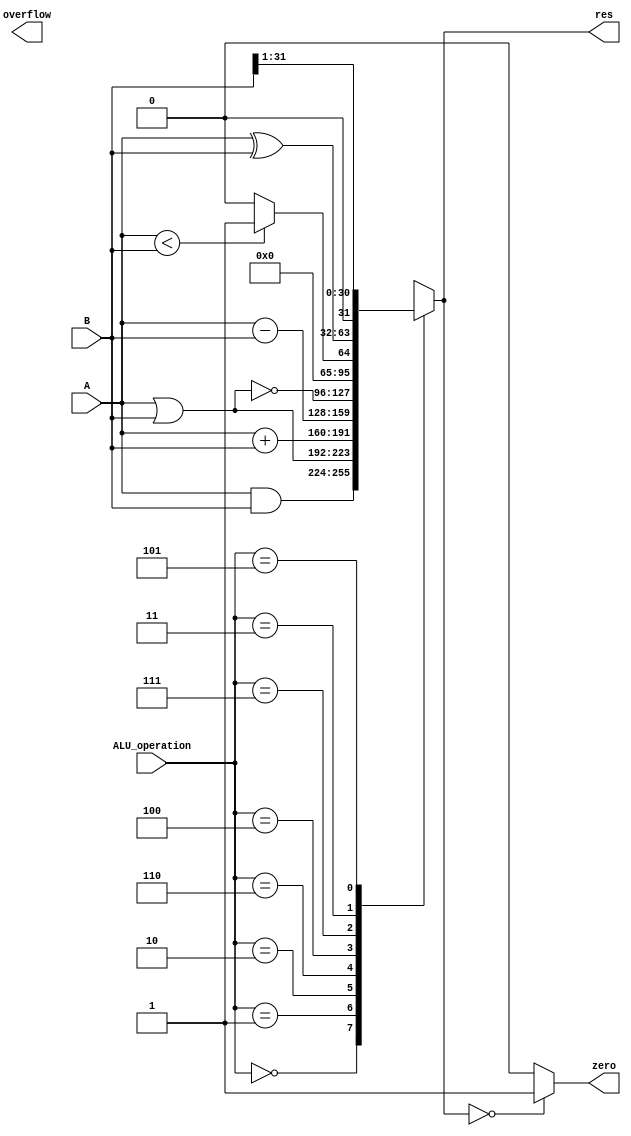
module alu_11(A, B, ALU_operation, res, zero, overflow );
	input signed [31:0] A, B;
	input [2:0] ALU_operation;
	output [31:0] res;
	output zero, overflow ;
	wire [31:0] res_and, res_or, res_add, res_sub, res_nor, res_slt, res_xor, res_srl;
	reg [31:0] res;
	parameter one = 32'h00000001, zero_0 = 32'h00000000;
	assign res_and = A&B;
	assign res_or = A|B;
	assign res_add = A+B;
	assign res_sub = A-B;
	assign res_nor=~(A | B);
	assign res_slt =(A < B) ? one : zero_0;
	assign res_xor = A^B;
	assign res_srl = B>>1;
	always @*
		case (ALU_operation)
			3'b000: res=res_and;
			3'b001: res=res_or;
			3'b010: res=res_add;
			3'b110: res=res_sub;
			3'b100: res=res_nor;
			3'b111: res=res_slt;
			3'b011: res=res_xor;
			3'b101: res=res_srl;
			default: res=res_add;
		endcase
	assign zero = (res==0)? 1: 0;
endmodule